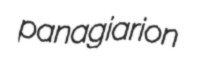
panagiarion